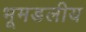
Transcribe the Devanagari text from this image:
भूमडलीय